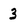
Character: 3